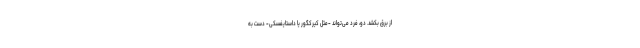
از برق بکشد. دو، فرد می‌تواند -مثل کیرکگور یا داستایفسکی- دست به